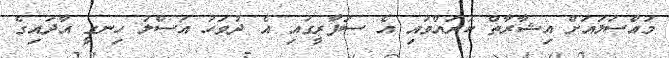
މައްސަލައަށް އިޝާރާތް ކުރައްވައި އެ ސަފާރީގައި އެ ދުވަހު އަސްލު ހިނގީ އާދައިގެ